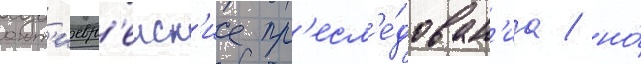
ант'иевр'еиск'ие пр'есл'е́дован'иа / но́